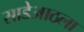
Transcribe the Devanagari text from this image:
साडेआठला